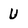
Character: U